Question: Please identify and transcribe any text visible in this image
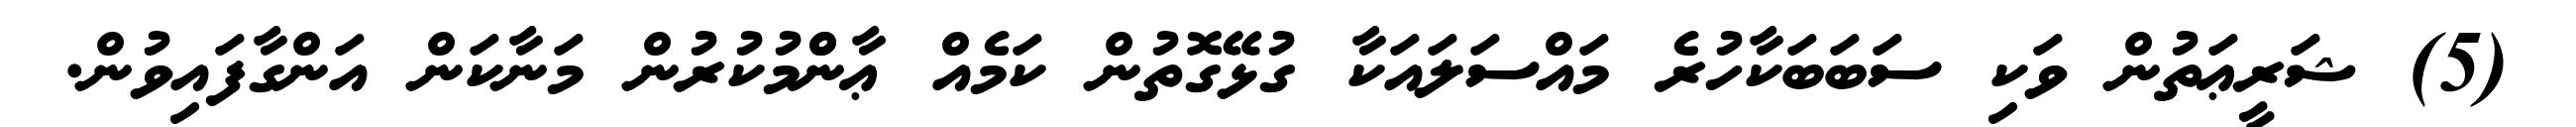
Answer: (5) ޝަރީޢަތުން ވަކި ސަބަބަކާހުރެ މައްސަލައަކާ ގުޅޭގޮތުން ކަމެއް ޢާންްމުކުރުން މަނާކަން އަންގާފައިވުން.